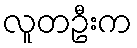
လူတဦးက